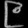
Digit: ၉